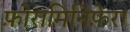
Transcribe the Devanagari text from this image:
फ़ोरामिनिफ़ेरा